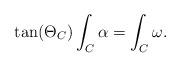
LaTeX: \begin{align*}\tan(\Theta_{C}) \int_{C} \alpha = \int_{C} \omega.\end{align*}